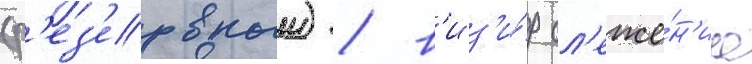
(р'ез'ервныи) / в'из'и́р сл'еже́н'иа